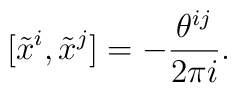
[\tilde x^i,\tilde x^j]=-\frac{\theta^{ij}}{2\pi i}.